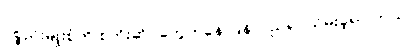
ပစ္စည်းမျိုးစုံကို စတိုးဆိုင်တွေကနေ ပြန်လည်ရုပ်သိမ်းခဲ့ရပါတယ်။